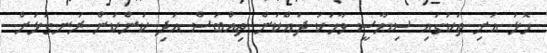
ހޮޅު އަށި ތަކުގައި ސިޔާސީ ވާހަކަ ދައްކަން ތިއްބަސް އަދި ކަންކަން ރަނގަޅަށް